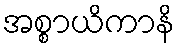
အစ္စာယိကာနိ